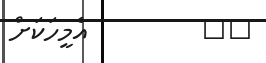
٦٩         އެމީހަކަށް